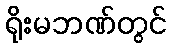
ရိုးမဘဏ်တွင်